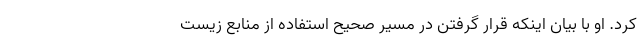
کرد. او با بیان اینکه قرار گرفتن در مسیر صحیح استفاده از منابع زیست